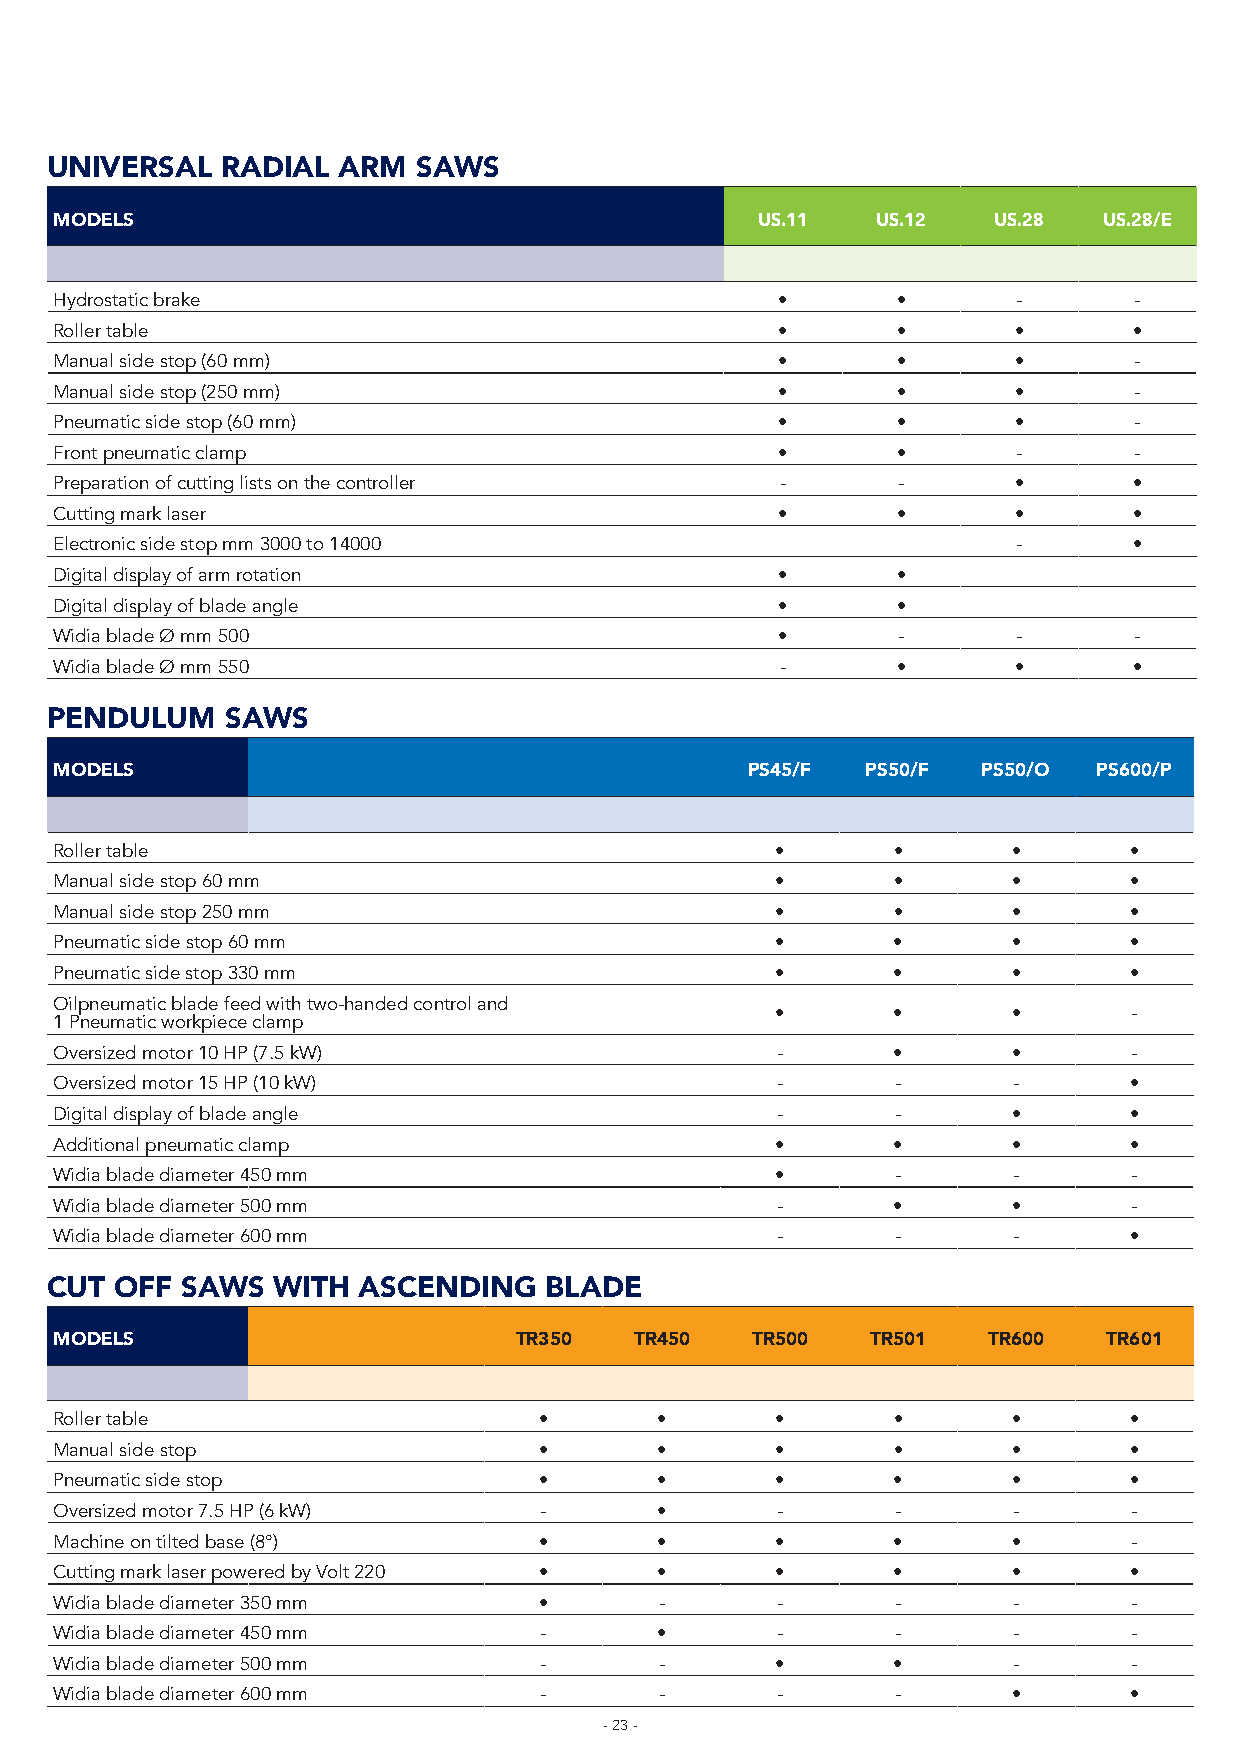
UNIVERSAL   RADIAL ARM   SAWS
 MODELS                                        US.11   US.12   US.28  US.28/E
 Hydrostatic brake                              •       •       -       -
 Roller table                                   •       •       •       •
 Manual side stop (60 mm)                       •       •       •       -
 Manual side stop (250 mm)                      •       •       •       -
 Pneumatic side stop (60 mm)                    •       •       •       -
 Front pneumatic clamp                          •       •       -       -
 Preparation of cutting lists on the controller  -      -       •       •
 Cutting mark laser                             •       •       •       •
 Electronic side stop mm 3000 to 14000                          -       •
 Digital display of arm rotation                •       •
 Digital display of blade angle                 •       •
 Widia blade Ø mm 500                           •       -       -       -
 Widia blade Ø mm 550                            -      •       •       •
 PENDULUM    SAWS
 MODELS                                        PS45/F PS50/F  PS50/O  PS600/P
 Roller table                                   •       •       •       •
 Manual side stop 60 mm                         •       •       •       •
 Manual side stop 250 mm                        •       •       •       •
 Pneumatic side stop 60 mm                      •       •       •       •
 Pneumatic side stop 330 mm                     •       •       •       •
 Oilpneumatic blade feed with two-handed control and
 •       •       •       -
 1 Pneumatic workpiece clamp
 Oversized motor 10 HP (7.5 kW)                 -       •       •       -
 Oversized motor 15 HP (10 kW)                  -       -       -       •
 Digital display of blade angle                 -       -       •       •
 Additional pneumatic clamp                     •       •       •       •
 Widia blade diameter 450 mm                    •       -       -       -
 Widia blade diameter 500 mm                    -       •       •       -
 Widia blade diameter 600 mm                    -       -       -       •
 CUT  OFF SAWS  WITH  ASCENDING   BLADE
 MODELS                        TR350   TR450   TR500   TR501  TR600   TR601
 Roller table                    •      •       •       •       •       •
 Manual side stop                •      •       •       •       •       •
 Pneumatic side stop             •      •       •       •       •       •
 Oversized motor 7.5 HP (6 kW)   -      •       -       -       -       -
 Machine on tilted base (8°)     •      •       •       •       •       -
 Cutting mark laser powered by Volt 220 • •     •       •       •       •
 Widia blade diameter 350 mm     •       -      -       -       -       -
 Widia blade diameter 450 mm     -      •       -       -       -       -
 Widia blade diameter 500 mm     -       -      •       •       -       -
 Widia blade diameter 600 mm     -       -      -       -       •       •
 - 23 -